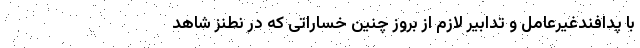
با پدافندغیرعامل و تدابیر لازم از بروز چنین خساراتی که در نطنز شاهد